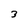
Character: 3